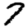
Digit: 7